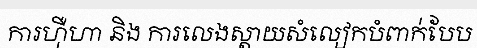
ការហ៊ឺហា និង ការលេងស្តាយសំលៀកបំពាក់បែប